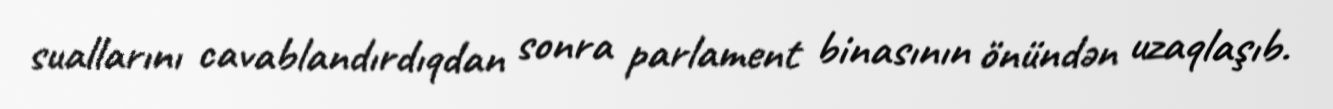
suallarını cavablandırdıqdan sonra parlament binasının önündən uzaqlaşıb.